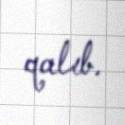
qalıb.